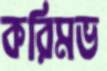
করিমভ